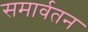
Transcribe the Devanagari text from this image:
समार्वतन